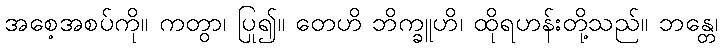
အစေ့အစပ်ကို။ ကတွာ၊ ပြု၍။ တေဟိ ဘိက္ခူဟိ၊ ထိုရဟန်းတို့သည်။ ဘန္တေ၊